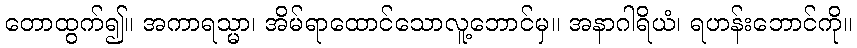
တောထွက်၍။ အကာရသ္မာ၊ အိမ်ရာထောင်သောလူ့ဘောင်မှ။ အနာဂါရိယံ၊ ရဟန်းဘောင်ကို။